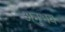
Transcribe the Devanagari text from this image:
अनूभव